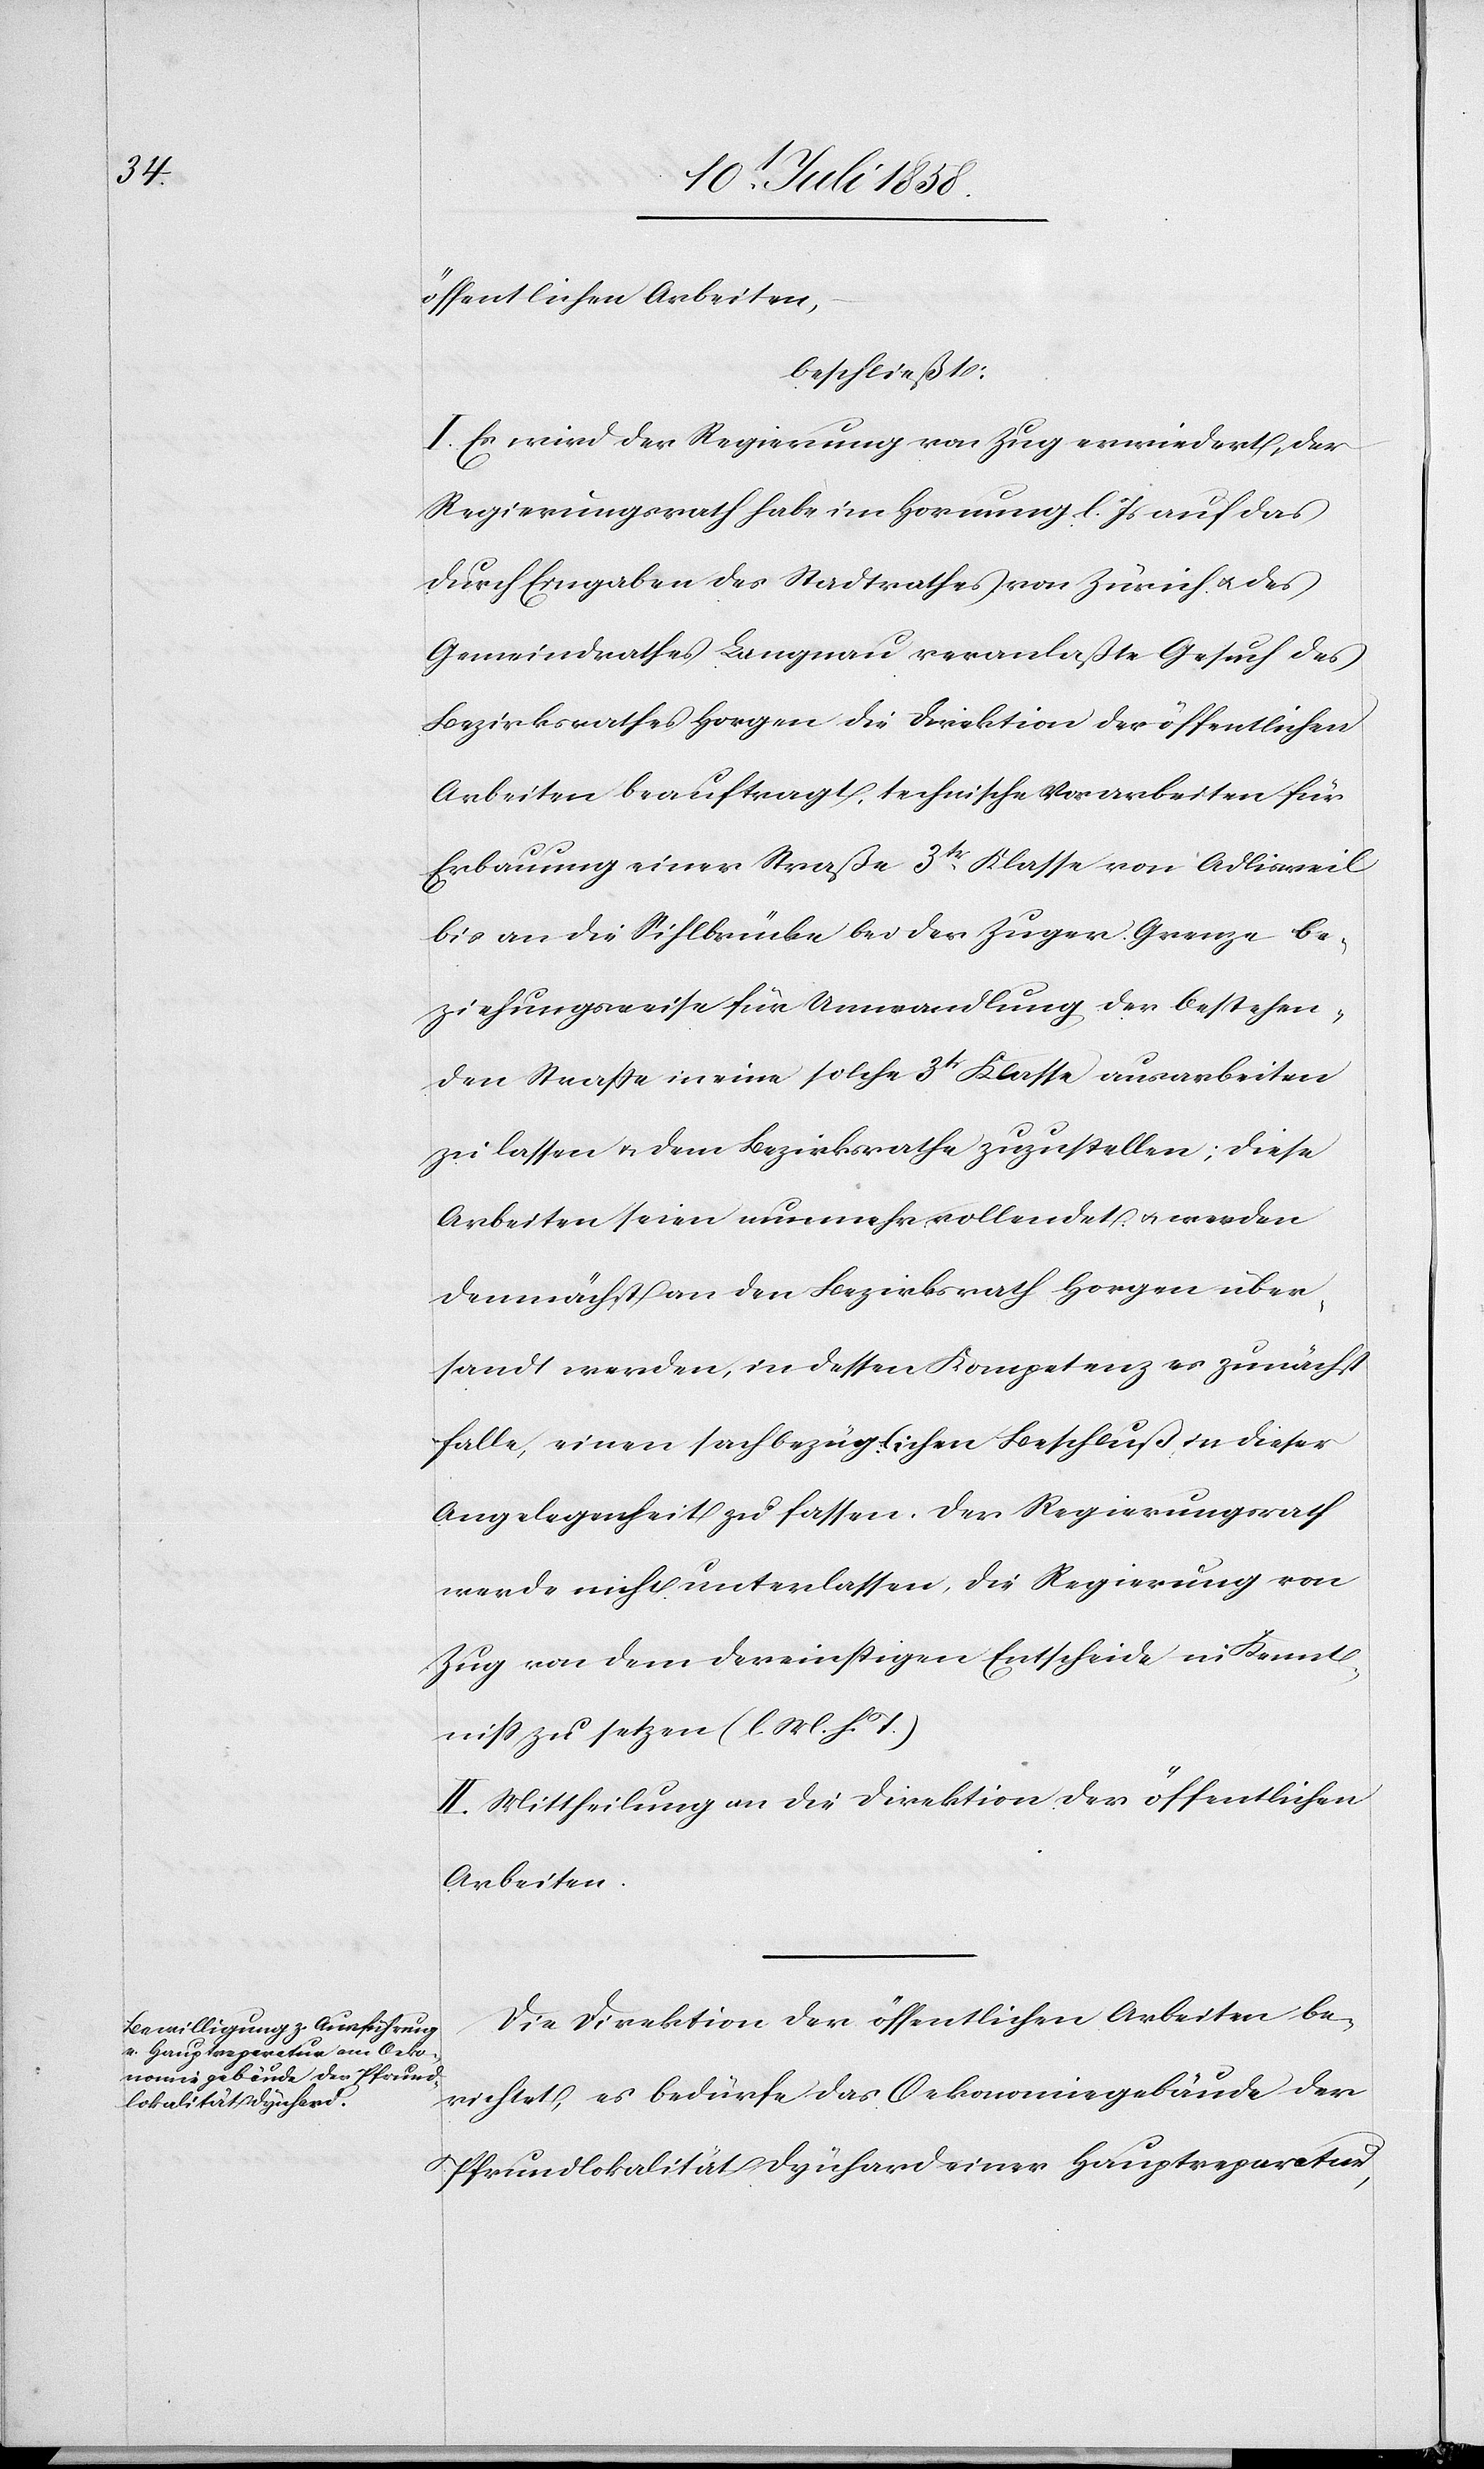
öffentlichen Arbeiten,
beschließt:
I. Es wird der Regierung von Zug erwiedert, der
Regierungsrath habe im Hornung l. Js auf das
durch Eingaben des Stadtrathes von Zürich & des
Gemeindrathes Langnau veranlaßte Gesuch des
Bezirksrathes Horgen die Direktion der öffentlichen
Arbeiten beauftragt, technische Vorarbeiten für
Erbauung einer Straße 3tr Klasse von Adlisweil
bis an die Sihlbrücke bei der Zuger Grenze be¬
ziehungsweise für Umwandlung der bestehen¬
den Straße in eine solche 3tr Klasse ausarbeiten
zu lassen & dem Bezirksrathe zuzustellen; diese
Arbeiten seien nunmehr vollendet & werden
demnächst an den Bezirksrath Horgen über¬
sandt werden, in dessen Kompetenz es zunächst
falle, einen sachbezüglichen Beschluß in dieser
Angelegenheit zu fassen. Der Regierungsrath
werde nicht unterlassen, die Regierung von
Zug von dem dereinstigen Entscheide in Kennt¬
niss zu setzen (l. M. h. T.)
II. Mittheilung an die Direktion der öffentlichen
Arbeiten.
Die Direktion der öffentlichen Arbeiten be¬
richtet, es bedürfe das Oekonomiegebäude der
Pfrundlokalität Dynhard einer Hauptreparatur,